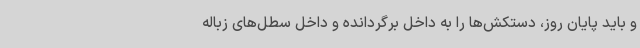
و باید پایان روز، دستکش‌ها را به داخل برگردانده و داخل سطل‌های زباله